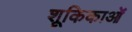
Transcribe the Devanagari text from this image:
शूकिकाओं